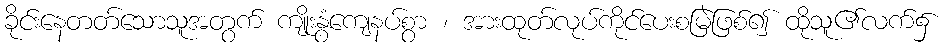
ခိုင်းနေတတ်သောသူအတွက် ကျိုးနွံကျေနပ်စွာ ၊ အားထုတ်လုပ်ကိုင်ပေးစမြဲဖြစ်၍ ထိုသူ၏လက်၌